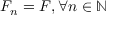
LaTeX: F _ { n } = F , \forall n \in \mathbb { N }